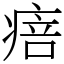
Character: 㾦